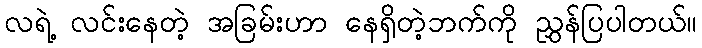
လရဲ့ လင်းနေတဲ့ အခြမ်းဟာ နေရှိတဲ့ဘက်ကို ညွှန်ပြပါတယ်။